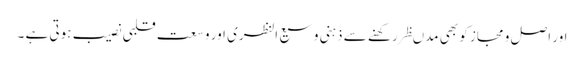
اور اصل و مجاز کو بھی مدںظر رکھنے سے ذہنی وسیع النظری اور وسعت قلبی نصیب ہوتی ہے ۔